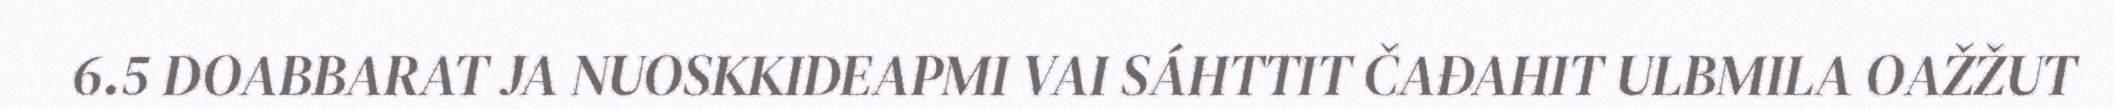
6.5 DOABBARAT JA NUOSKKIDEAPMI VAI SÁHTTIT ČAĐAHIT ULBMILA OAŽŽUT